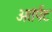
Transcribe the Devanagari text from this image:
अतंर्पट